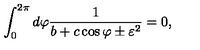
\int _ { 0 } ^ { 2 \pi } d \varphi \frac { 1 } { b + c \cos \varphi \pm \varepsilon ^ { 2 } } = 0 ,